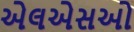
એલએસઓ